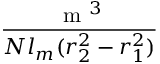
\frac { \textrm { m } ^ { 3 } } { N l _ { m } ( r _ { 2 } ^ { 2 } - r _ { 1 } ^ { 2 } ) }